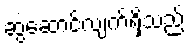
ဆွဲဆောင်လျက်ရှိသည်